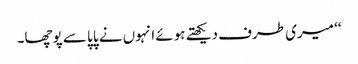
‘‘ میری طرف دیکھتے ہوئے انہوں نے پاپا سے پوچھا۔